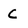
Character: C